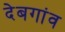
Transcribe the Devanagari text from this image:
देबगांव